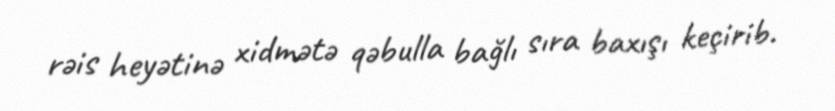
rəis heyətinə xidmətə qəbulla bağlı sıra baxışı keçirib.